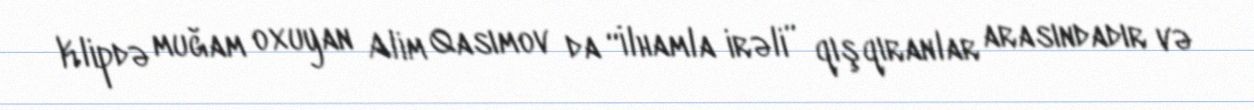
Klipdə muğam oxuyan Alim Qasımov da “İlhamla irəli” qışqıranlar arasındadır və